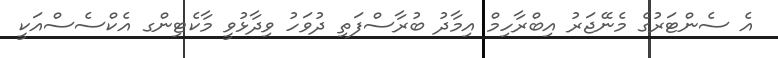
އެ ސެންޓަރުގެ މެނޭޖަރު އިބްރާހިމް އިމާދު ބުރާސްފަތި ދުވަހު ވިދާޅުވީ މާކެޓިންގ އެކްސެސްއަކީ